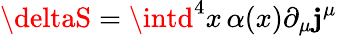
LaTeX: \deltaS=\intd^{4}x\, \alpha(x)\partial_{\mu}\mathbf{j}^{\mu}